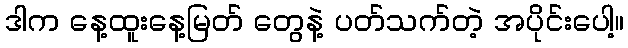
ဒါက နေ့ထူးနေ့မြတ် တွေနဲ့ ပတ်သက်တဲ့ အပိုင်းပေါ့။